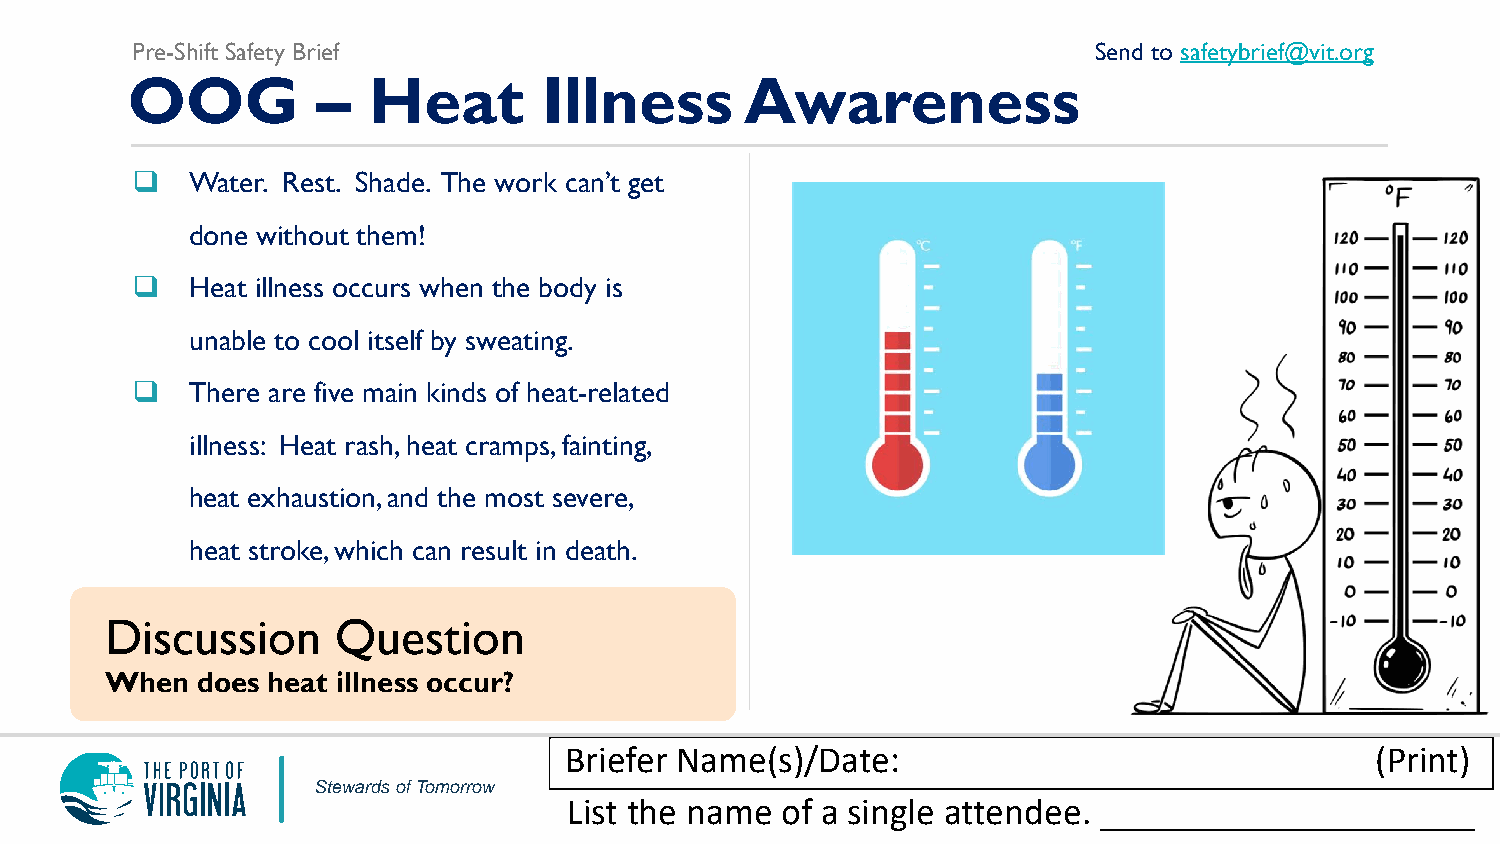
Pre-Shift Safety Brief                                          Send to safetybrief@vit.org
 OOG          –  Heat        Illness      Awareness
    Water. Rest. Shade. The work can’t get
 done without them!
    Heat illness occurs when the body is
 unable to cool itself by sweating.
    There are five main kinds of heat-related
 illness: Heat rash, heat cramps, fainting,
 heat exhaustion, and the most severe,
 heat stroke, which can result in death.
 Discussion     Question
 When  does heat illness occur?
 Briefer Name(s)/Date:                                 (Print)
 Stewards of Tomorrow
 List the name of a single attendee. ____________________